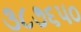
૩૮૭૬૫૦